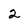
Character: 2